Scottish Leaving Certificate Examination, 1960
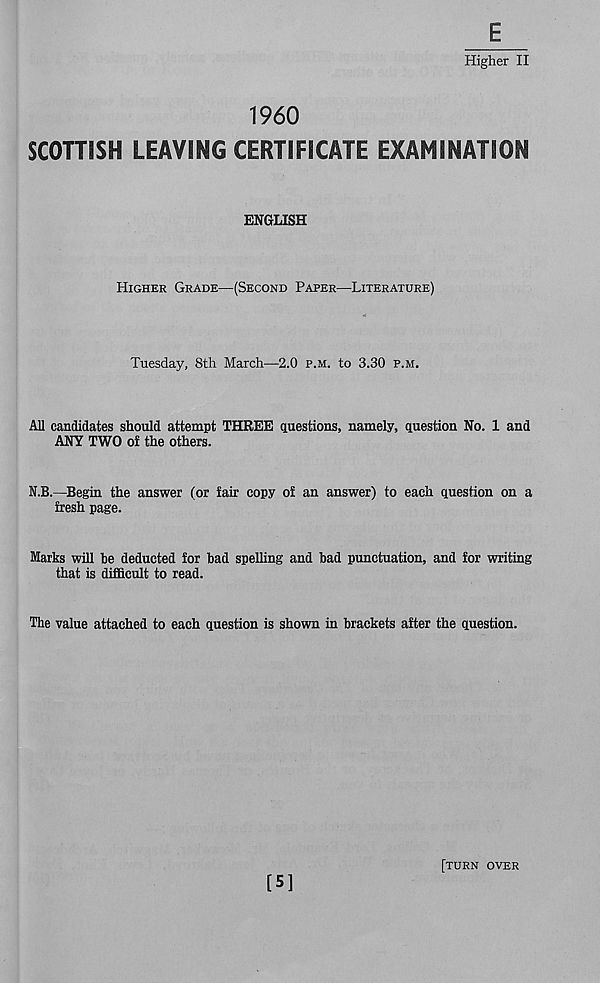
E
Higher II
1960
SCOHISH LEAVING CERTIFICATE EXAMINATION
ENGLISH
HIGHER GRADE—(SECOND PAPER—LITERATURE)
Tuesday, 8th March—2.0 P.M. to 3.30 P.M.
All candidates should attempt THREE questions, namely, question No. 1 and
ANY TWO of the others.
N.B.—Begin the answer (or fair copy of an answer) to each question on a
fresh page.
Marks will be deducted for bad spelling and bad punctuation, and for writing
that is difficult to read.
The value attached to each question is shown in brackets after the question.
[5]
[TURN OVER